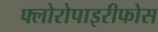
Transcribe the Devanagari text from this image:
फ्लोरोपाइरीफोस